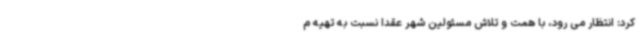
کرد: انتظار می رود، با همت و تلاش مسئولین شهر عقدا نسبت به تهیه م